Notes on the propagation and cultivation of the medicinal cinchonas, or Peruvian bark trees
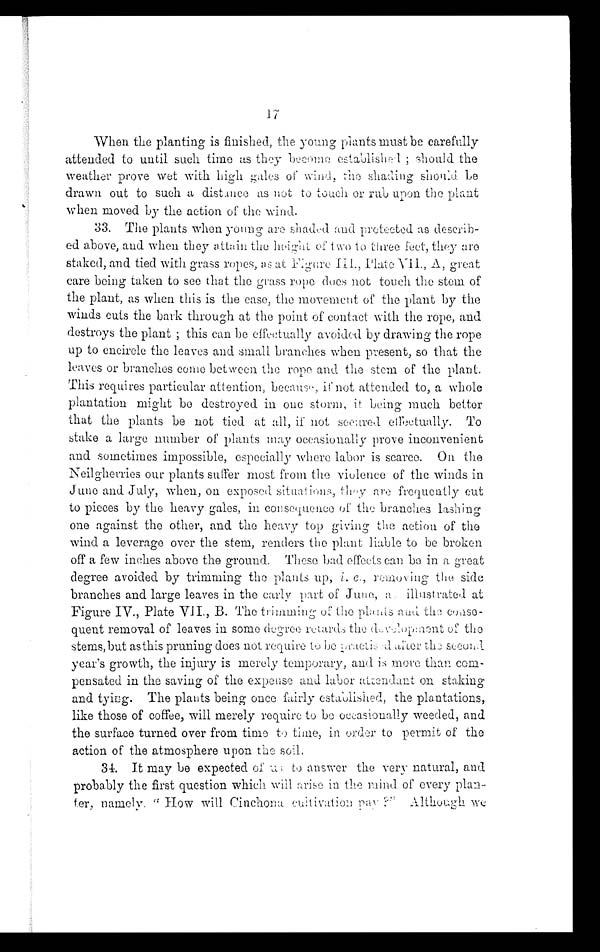
When the planting is finished, the young plants must be carefully
attended to until such time as they become established; should the
weather prove wet with high gales of wind, the shading should be
drawn out to such a distance as not to touch or rub upon the plant
when moved by the action of the wind.
33. The plants when young are shaded and protected as describ-
ed above, and when they attain the height of two to three feet, they are
staked, and tied with grass ropes, as at Figure III., Plate VII., A, great
care being taken to see that the grass rope does not touch the stem of
the plant, as when this is the case, the movement of the plant by the
winds cuts the bark through at the point of contact with the rope, and
destroys the plant; this can be effectually avoided by drawing the rope
up to encircle the leaves and small branches when present, so that the
leaves or branches come between the rope and the stem of the plant.
This requires particular attention, because, if not attended to, a whole
plantation might be destroyed in one storm, it being much better
that the plants be not tied at all, if not scoured etictually. To
stake a large number of plants may occasionally prove inconvenient
and sometimes impossible, especially where labor is scarce. On the
Neilgherries our plants suffer most from the violence of the winds in
June and July, when, on exposed situations, they are frequently cut
to pieces by the heavy gales, in consequence of the branches lashing
one against the other, and the heavy top giving the action of the
wind a leverage over the stem, renders the plant liable to be broken
off a few inches above the ground. These bad effects can be in a great
degree avoided by trimming the plants up,
c., removing the side
branches and large leaves in the early part of June, an illustrated at
Figure IV., Plate VII., B. The trimming of the plants and the conse-
quent removal of leaves in some degree retards the development of the
stems, but asthis pruning does not require to lie alter thu secon,1
year's growth, the injury is merely temporary, and is more than com-
pensated in the saving of the expense and labor atamdant on staking
and tying. The plants being once fairly established, the plantations,
like those of coffee, will merely require to be ocasioually weeded, and
the surface turned over from time to time, in order to permit of the
action of the atmosphere upon the soil,
34. It may be expected of as to answer the very natural, and
probably the first question which will arise in the mind of every plan-
ter, namelv. " How will Cinchona cultivation pav
Althoiagh